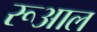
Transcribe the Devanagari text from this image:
रूआल